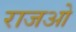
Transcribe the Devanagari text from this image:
राजओ